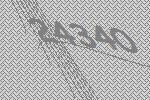
24340